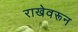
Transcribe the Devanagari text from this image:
राखेवरून